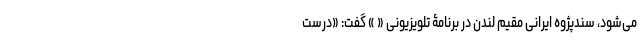
می‌شود، سند‌پژوه ایرانی مقیم لندن در برنامۀ تلویزیونی « » گفت: «درست